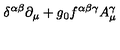
\delta ^ { \alpha \beta } \partial _ { \mu } + g _ { 0 } f ^ { \alpha \beta \gamma } A _ { \mu } ^ { \gamma }